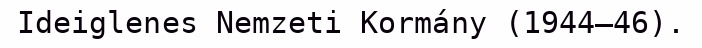
Ideiglenes Nemzeti Kormány (1944–46).